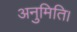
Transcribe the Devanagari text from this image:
अनुमिति।